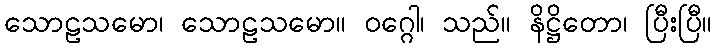
သောဠသမော၊ သောဠသမော။ ဝဂ္ဂေါ၊ သည်။ နိဋ္ဌိတော၊ ပြီးပြီ။